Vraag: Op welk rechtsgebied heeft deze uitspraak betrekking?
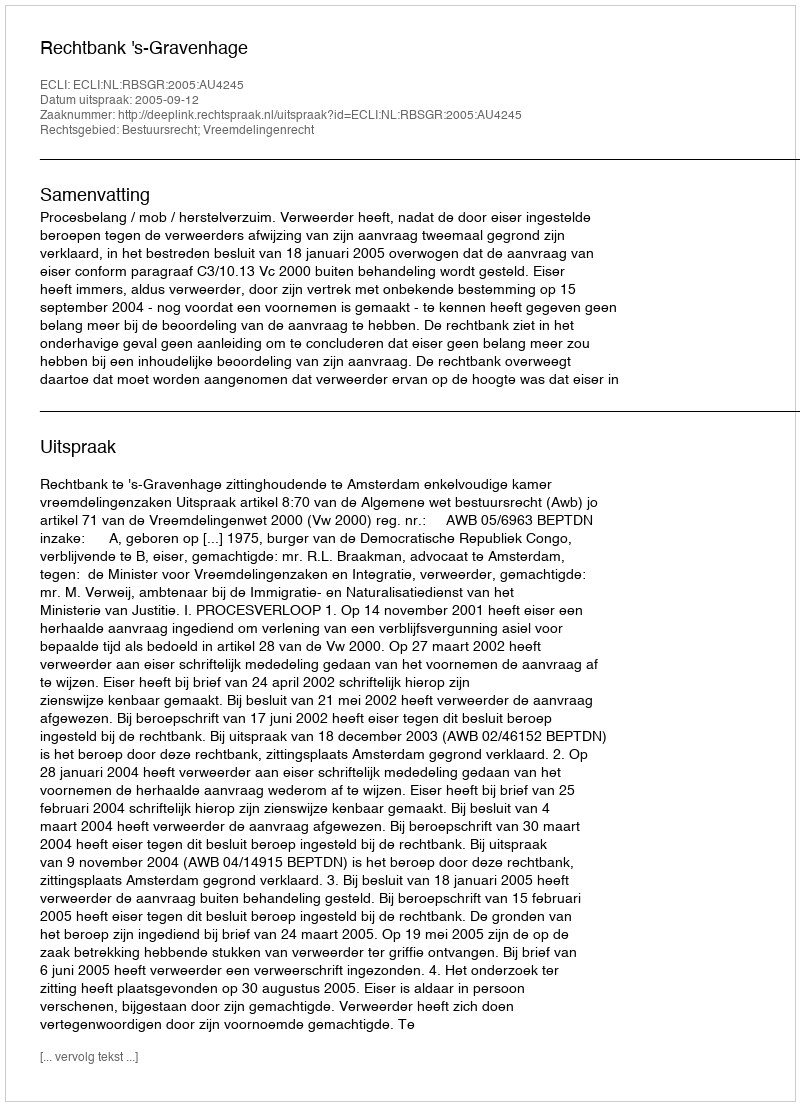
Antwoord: Bestuursrecht; Vreemdelingenrecht